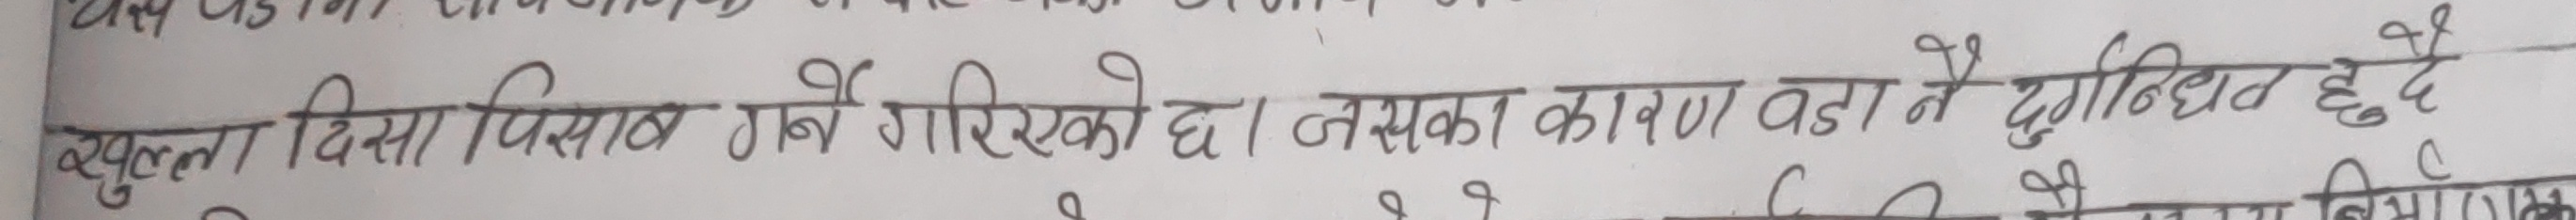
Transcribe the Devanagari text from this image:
खुल्ला दिसा विकास गर्ने गरिएको छ । जसका कारण वडा नै दुर्गानन्द हुँदै